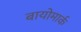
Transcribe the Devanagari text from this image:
बायोमार्क